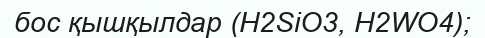
бос қышқылдар (H2SіO3, H2WO4);